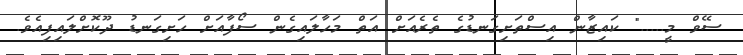
ސޭވް މީ....." ކައިޒާން އިސްތަށިގަނޑުގެ ތެރެއަށް އަތް މަހާލައިގެން ސޯފާއަށް ހަށިގަނޑު ދޫކޮށްލައިފިއެވެ.